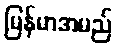
မြန်မာအမည်